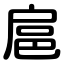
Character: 扈